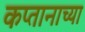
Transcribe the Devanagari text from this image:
कप्तानाच्या